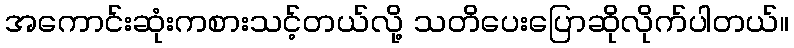
အကောင်းဆုံးကစားသင့်တယ်လို့ သတိပေးပြောဆိုလိုက်ပါတယ်။